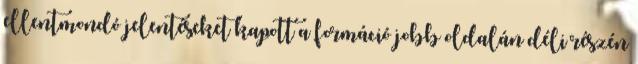
ellentmondó jelentéseket kapott a formáció jobb oldalán déli részén